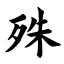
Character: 殊